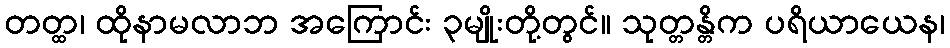
တတ္ထ၊ ထိုနာမလာဘ အကြောင်း ၃မျိုးတို့တွင်။ သုတ္တန္တိက ပရိယာယေန၊